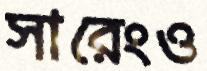
সারেংও